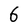
Character: 6